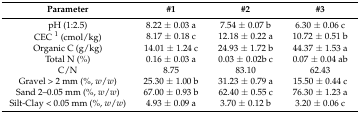
| Parameter | #1 | #2 | #3 |
 | --- | --- | --- | --- |
 | pH (1:2.5) | 8.22 ± 0.03 a | 7.54 ± 0.07 b | 6.30 ± 0.06 c |
 | CEC 1 (cmol/kg) | 8.17 ± 0.18 c | 12.18 ± 0.22 a | 10.72 ± 0.51 b |
 | Organic C (g/kg) | 14.01 ± 1.24 c | 24.93 ± 1.72 b | 44.37 ± 1.53 a |
 | Total N (%) | 0.16 ± 0.03 a | 0.03 ± 0.02b c | 0.07 ± 0.04 ab |
 | C/N | 8.75 | 83.10 | 62.43 |
 | Gravel > 2 mm (%, w/w) | 25.30 ± 1.00 b | 31.23 ± 0.79 a | 15.50 ± 0.44 c |
 | Sand 2–0.05 mm (%, w/w) | 67.00 ± 0.93 b | 62.40 ± 0.55 c | 76.30 ± 1.23 a |
 | Silt-Clay < 0.05 mm (%, w/w) | 4.93 ± 0.09 a | 3.70 ± 0.12 b | 3.20 ± 0.06 c |